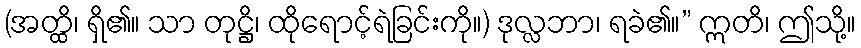
(အတ္ထိ၊ ရှိ၏။ သာ တုဋ္ဌိ၊ ထိုရောင့်ရဲခြင်းကို။) ဒုလ္လဘာ၊ ရခဲ၏။” ဣတိ၊ ဤသို့။